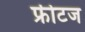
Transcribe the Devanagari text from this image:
फ्रीटज